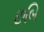
છબિ